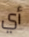
أي